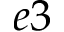
e 3